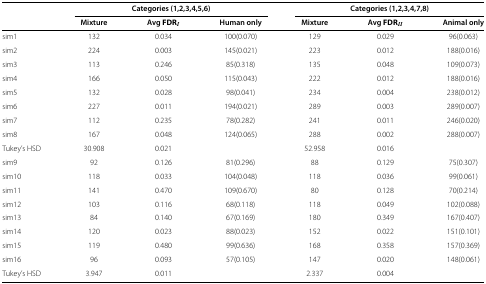
<table><thead><tr><td><b> </b></td><td colspan="3"><b>Categories (1,2,3,4,5,6)</b></td><td colspan="3"><b>Categories (1,2,3,4,7,8)</b></td></tr><tr><td><b> </b></td><td><b>Mixture</b></td><td><b>Avg FDR<sub><i>I</i></sub></b></td><td><b>Human only</b></td><td><b>Mixture</b></td><td><b>Avg FDR<sub><i>II</i></sub></b></td><td><b>Animal only</b></td></tr></thead><tbody><tr><td>sim1</td><td>132</td><td>0.034</td><td>100(0.070)</td><td>129</td><td>0.029</td><td>96(0.063)</td></tr><tr><td>sim2</td><td>224</td><td>0.003</td><td>145(0.021)</td><td>223</td><td>0.012</td><td>188(0.016)</td></tr><tr><td>sim3</td><td>113</td><td>0.246</td><td>85(0.318)</td><td>135</td><td>0.048</td><td>109(0.073)</td></tr><tr><td>sim4</td><td>166</td><td>0.050</td><td>115(0.043)</td><td>222</td><td>0.012</td><td>188(0.016)</td></tr><tr><td>sim5</td><td>132</td><td>0.028</td><td>98(0.041)</td><td>234</td><td>0.004</td><td>238(0.012)</td></tr><tr><td>sim6</td><td>227</td><td>0.011</td><td>194(0.021)</td><td>289</td><td>0.003</td><td>289(0.007)</td></tr><tr><td>sim7</td><td>112</td><td>0.235</td><td>78(0.282)</td><td>241</td><td>0.011</td><td>246(0.020)</td></tr><tr><td>sim8</td><td>167</td><td>0.048</td><td>124(0.065)</td><td>288</td><td>0.002</td><td>288(0.007)</td></tr><tr><td>Tukey’s HSD</td><td>30.908</td><td>0.021</td><td> </td><td>52.958</td><td>0.016</td><td> </td></tr><tr><td>sim9</td><td>92</td><td>0.126</td><td>81(0.296)</td><td>88</td><td>0.129</td><td>75(0.307)</td></tr><tr><td>sim10</td><td>118</td><td>0.033</td><td>104(0.048)</td><td>118</td><td>0.036</td><td>99(0.061)</td></tr><tr><td>sim11</td><td>141</td><td>0.470</td><td>109(0.670)</td><td>80</td><td>0.128</td><td>70(0.214)</td></tr><tr><td>sim12</td><td>103</td><td>0.116</td><td>68(0.118)</td><td>118</td><td>0.049</td><td>102(0.088)</td></tr><tr><td>sim13</td><td>84</td><td>0.140</td><td>67(0.169)</td><td>180</td><td>0.349</td><td>167(0.407)</td></tr><tr><td>sim14</td><td>120</td><td>0.023</td><td>88(0.023)</td><td>152</td><td>0.022</td><td>151(0.101)</td></tr><tr><td>sim15</td><td>119</td><td>0.480</td><td>99(0.636)</td><td>168</td><td>0.358</td><td>157(0.369)</td></tr><tr><td>sim16</td><td>96</td><td>0.093</td><td>57(0.105)</td><td>147</td><td>0.020</td><td>148(0.061)</td></tr><tr><td>Tukey’s HSD</td><td>3.947</td><td>0.011</td><td> </td><td>2.337</td><td>0.004</td><td> </td></tr></tbody></table>